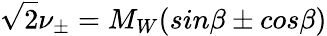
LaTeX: \sqrt 2\nu_{\pm}=M_{W}(sin\beta\pm cos\beta)